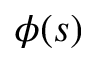
\phi ( s )